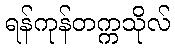
ရန်ကုန်တက္ကသိုလ်